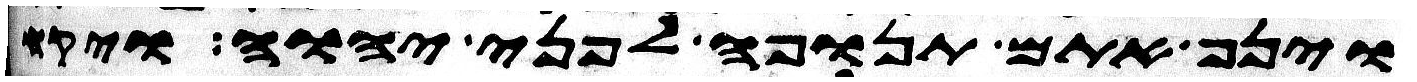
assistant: וינף אתם תנופה לפני יהוה ויקח